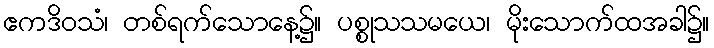
ဧကဒိဝသံ၊ တစ်ရက်သောနေ့၌။ ပစ္စုသသမယေ၊ မိုးသောက်ထအခါ၌။